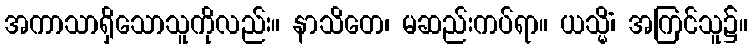
အကာသာရှိသောသူကိုလည်း။ နာသိတေ၊ မဆည်းကပ်ရာ။ ယသ္မိံ၊ အကြင်သူ၌။